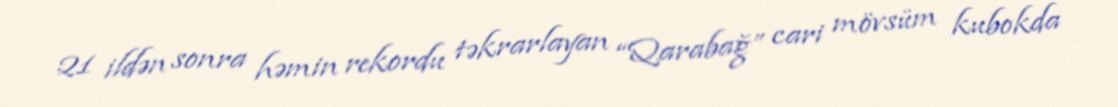
21 ildən sonra həmin rekordu təkrarlayan “Qarabağ” cari mövsüm kubokda